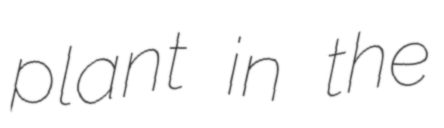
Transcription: plant in the